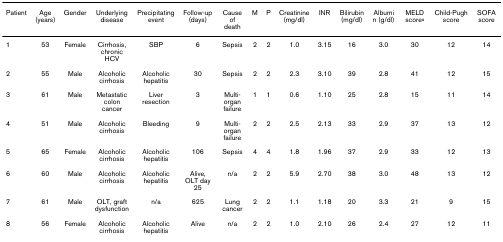
<table><thead><tr><td><b>Patient</b></td><td><b>Age (years)</b></td><td><b>Gender</b></td><td><b>Underlying disease</b></td><td><b>Precipitating event</b></td><td><b>Follow-up (days)</b></td><td><b>Cause of death</b></td><td><b>M</b></td><td><b>P</b></td><td><b>Creatinine (mg/dl)</b></td><td><b>INR</b></td><td><b>Bilirubin (mg/dl)</b></td><td><b>Albumin (g/dl)</b></td><td><b>MELD score<sup>a</sup></b></td><td><b>Child-Pugh score</b></td><td><b>SOFA score</b></td></tr></thead><tbody><tr><td>1</td><td>53</td><td>Female</td><td>Cirrhosis, chronic HCV</td><td>SBP</td><td>6</td><td>Sepsis</td><td>2</td><td>2</td><td>1.0</td><td>3.15</td><td>16</td><td>3.0</td><td>30</td><td>12</td><td>14</td></tr><tr><td>2</td><td>55</td><td>Male</td><td>Alcoholic cirrhosis</td><td>Alcoholic hepatitis</td><td>30</td><td>Sepsis</td><td>2</td><td>2</td><td>2.3</td><td>3.10</td><td>39</td><td>2.8</td><td>41</td><td>12</td><td>15</td></tr><tr><td>3</td><td>61</td><td>Male</td><td>Metastatic colon cancer</td><td>Liver resection</td><td>3</td><td>Multi-organ failure</td><td>1</td><td>1</td><td>0.6</td><td>1.10</td><td>25</td><td>2.8</td><td>15</td><td>11</td><td>14</td></tr><tr><td>4</td><td>51</td><td>Male</td><td>Alcoholic cirrhosis</td><td>Bleeding</td><td>9</td><td>Multi-organ failure</td><td>2</td><td>2</td><td>2.5</td><td>2.13</td><td>33</td><td>2.9</td><td>37</td><td>13</td><td>12</td></tr><tr><td>5</td><td>65</td><td>Female</td><td>Alcoholic cirrhosis</td><td>Alcoholic hepatitis</td><td>106</td><td>Sepsis</td><td>4</td><td>4</td><td>1.8</td><td>1.96</td><td>37</td><td>2.9</td><td>33</td><td>12</td><td>13</td></tr><tr><td>6</td><td>60</td><td>Male</td><td>Alcoholic cirrhosis</td><td>Alcoholic hepatitis</td><td>Alive, OLT day 25</td><td>n/a</td><td>2</td><td>2</td><td>5.9</td><td>2.70</td><td>38</td><td>3.0</td><td>48</td><td>13</td><td>12</td></tr><tr><td>7</td><td>61</td><td>Male</td><td>OLT, graft dysfunction</td><td>n/a</td><td>625</td><td>Lung cancer</td><td>2</td><td>2</td><td>1.1</td><td>1.18</td><td>20</td><td>3.3</td><td>21</td><td>9</td><td>15</td></tr><tr><td>8</td><td>56</td><td>Female</td><td>Alcoholic cirrhosis</td><td>Alcoholic hepatitis</td><td>Alive</td><td>n/a</td><td>2</td><td>2</td><td>1.0</td><td>2.10</td><td>26</td><td>2.4</td><td>27</td><td>12</td><td>11</td></tr></tbody></table>